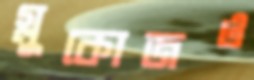
গ্লুকোজও